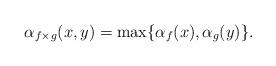
LaTeX: \begin{align*}\alpha_{f\times g}(x,y)=\max\{ \alpha_{f}(x), \alpha_{g}(y) \}.\end{align*}